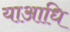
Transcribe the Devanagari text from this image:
याआधि